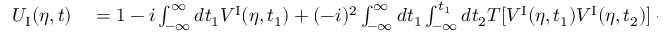
\begin{array} { r l } { U _ { \mathrm { I } } ( \eta , t ) } & { { } = 1 - i \int _ { - \infty } ^ { \infty } d t _ { 1 } V ^ { \mathrm { I } } ( \eta , t _ { 1 } ) + ( - i ) ^ { 2 } \int _ { - \infty } ^ { \infty } d t _ { 1 } \int _ { - \infty } ^ { t _ { 1 } } d t _ { 2 } T [ V ^ { \mathrm { I } } ( \eta , t _ { 1 } ) V ^ { \mathrm { I } } ( \eta , t _ { 2 } ) ] + \cdots , } \end{array}